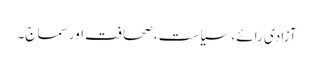
آزادی رائے ، سیاست ، صحافت اور سماج۔